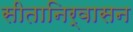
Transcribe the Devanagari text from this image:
सीतानिर्वासन